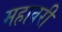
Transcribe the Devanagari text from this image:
महावरी